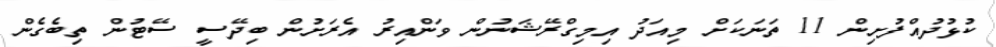
ކުޅުދުއްފުށިން 11 ތަނަކަށް މިއަދު އިމިގްރޭޝަނުން ވަންއިރު އެރަށުން ބިދޭސީ ސޭޓުން ތިބެގެން